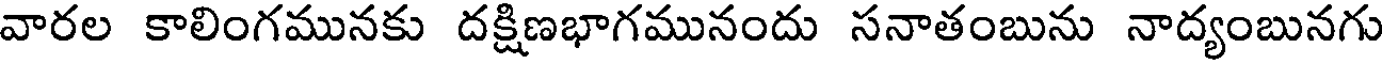
వారల కాలింగమునకు దక్షిణభాగమునందు సనాతంబును నాద్యంబునగు